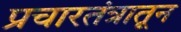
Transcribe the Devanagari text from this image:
प्रचारतंत्रातून